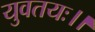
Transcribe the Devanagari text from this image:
युवतयः।।